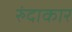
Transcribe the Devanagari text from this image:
रुंदाकार